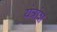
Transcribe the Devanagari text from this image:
यंत्रांश